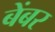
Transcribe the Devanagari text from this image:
बेंबर